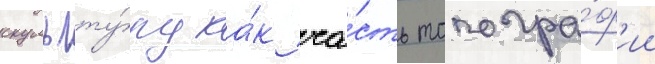
скульпту́ру ка́к ча́сть топогра́ф'ии